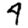
Digit: 4